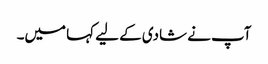
آپ نے شادی کے لیے کہا میں۔